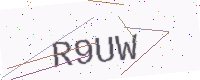
Text: R9UW